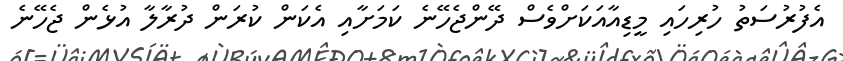
އެފުރުސަތު ހުރިހައި މީޑިއާއަކަށްވެސް ދޭންޖެހޭނެ ކަމަށާއި އެކަން ކުރަން ދުރާލާ އުޅެން ޖެހޭނެ